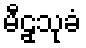
မီဠှသုခံ